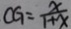
C G = \frac { x } { 1 + x }